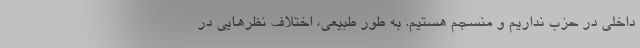
داخلی در حزب نداریم و منسجم هستیم. به طور طبیعی، اختلاف نظرهایی در